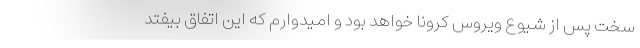
سخت پس از شیوع ویروس کرونا خواهد بود و امیدوارم که این اتفاق بیفتد